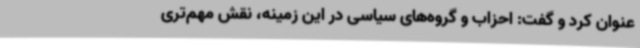
عنوان کرد و گفت: احزاب و گروه‌های سیاسی در این زمینه، نقش مهم‌تری